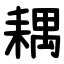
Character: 耦